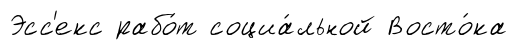
Эсс'екс рабо́т социа́льной Восто́ка